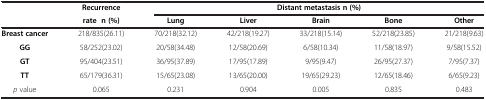
<table><thead><tr><td><b> </b></td><td><b>Recurrence</b></td><td colspan="5"><b>Distant metastasis n (%)</b></td></tr><tr><td><b> </b></td><td><b>rate n (%)</b></td><td><b>Lung</b></td><td><b>Liver</b></td><td><b>Brain</b></td><td><b>Bone</b></td><td><b>Other</b></td></tr></thead><tbody><tr><td><b>Breast cancer</b></td><td>218/835(26.11)</td><td>70/218(32.12)</td><td>42/218(19.27)</td><td>33/218(15.14)</td><td>52/218(23.85)</td><td>21/218(9.63)</td></tr><tr><td><b>GG</b></td><td>58/252(23.02)</td><td>20/58(34.48)</td><td>12/58(20.69)</td><td>6/58(10.34)</td><td>11/58(18.97)</td><td>9/58(15.52)</td></tr><tr><td><b>GT</b></td><td>95/404(23.51)</td><td>36/95(37.89)</td><td>17/95(17.89)</td><td>9/95(9.47)</td><td>26/95(27.37)</td><td>7/95(7.37)</td></tr><tr><td><b>TT</b></td><td>65/179(36.31)</td><td>15/65(23.08)</td><td>13/65(20.00)</td><td>19/65(29.23)</td><td>12/65(18.46)</td><td>6/65(9.23)</td></tr><tr><td><i>p</i> value</td><td>0.065</td><td>0.231</td><td>0.904</td><td>0.005</td><td>0.835</td><td>0.483</td></tr></tbody></table>